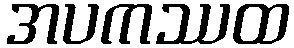
အပကဿထ